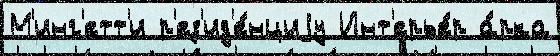
М'инг'етт'и р'ез'ид'е́нциjу Инт'ерье́р а́рка